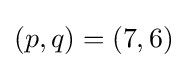
(p,q)=(7,6)